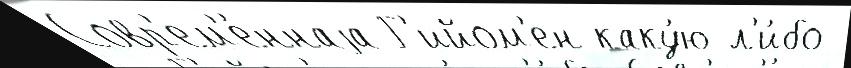
Совр'ем'е́ннаjа Г'ийом'ен каку́ю-л'и́бо